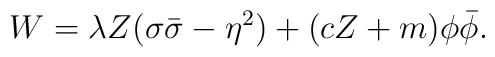
W=\lambda {Z}(\sigma \bar\sigma -\eta ^2) + ( c Z+m ) \phi\bar \phi.